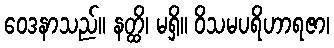
ဝေဒနာသည်။ နတ္ထိ၊ မရှိ။ ဝိသမပရိဟာရဇာ၊